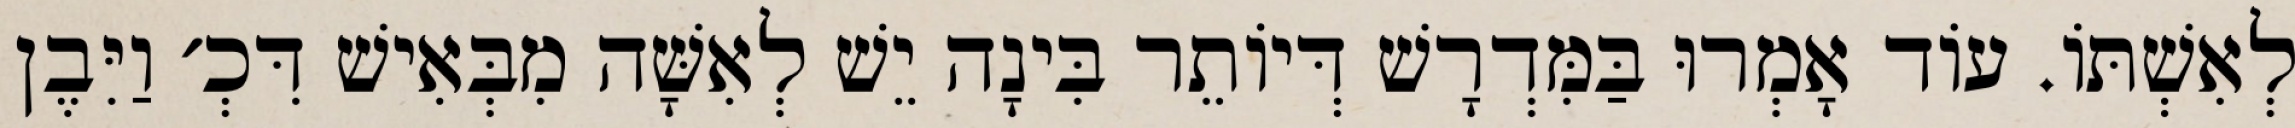
לְאִשְׁתּוֹ. עוֹד אָמְרוּ בַּמִּדְרָשׁ דְּיוֹתֵר בִּינָה יֵשׁ לְאִשָּׁה מִבְּאִישׁ דִּכְ׳ וַיִּבֶן